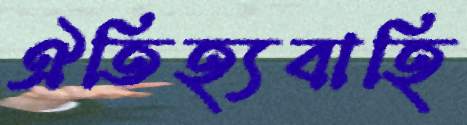
ঐতিহ্যবাহি